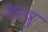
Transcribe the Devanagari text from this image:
शस्त्रु